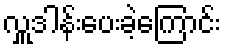
လှူဒါန်းပေးခဲ့ကြောင်း